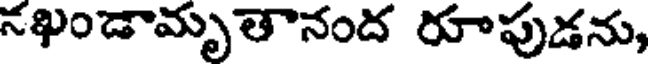
నఖండామృతానంద రూపుడను,